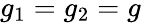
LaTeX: g_{1}=g_{2}=g